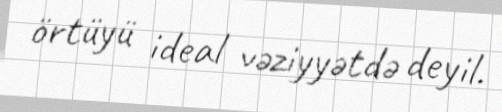
örtüyü ideal vəziyyətdə deyil.